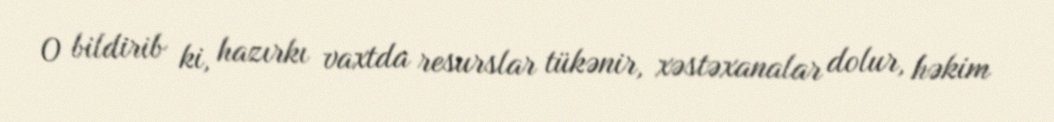
O bildirib ki, hazırkı vaxtda resurslar tükənir, xəstəxanalar dolur, həkim